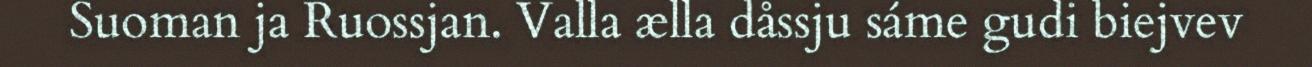
Suoman ja Ruossjan. Valla ælla dåssju sáme gudi biejvev